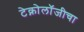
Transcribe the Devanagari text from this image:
टेक्नोलॉजीचा